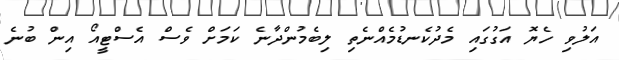
އަލުވި ހެޔޮ އަގުގައި މެދުކެނޑުމެއްނެތި ލިބެމުންދާނެ ކަމަށް ވެސް އެސްޓީއޯ އިން ބުނެ